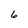
Character: 6